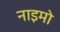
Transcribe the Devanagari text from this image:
नाइमो